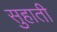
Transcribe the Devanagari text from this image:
सुहाती